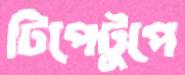
টিপেটুপে